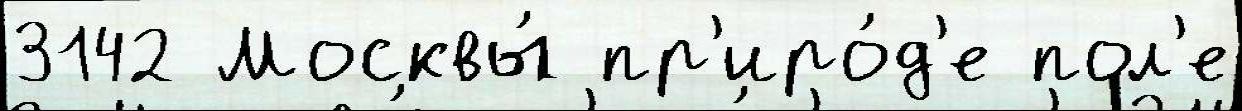
3142 Москвы́ пр'иро́д'е пол'е